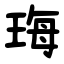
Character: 珻